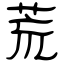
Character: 荒